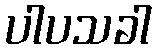
ပါပသခါ